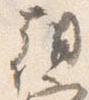
朝